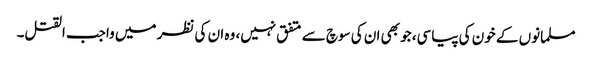
مسلمانوں کے خون کی پیاسی، جو بھی ان کی سوچ سے متفق نہیں، وہ ان کی نظر میں واجب القتل۔